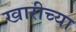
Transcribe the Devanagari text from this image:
खारीच्या